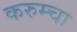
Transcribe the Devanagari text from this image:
करुम्चा